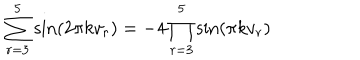
\sum _ { r = 3 } ^ { 5 } \sin ( 2 \pi k v _ { r } ) = - 4 \prod _ { r = 3 } ^ { 5 } \sin ( \pi k v _ { r } )